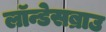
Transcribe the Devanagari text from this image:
लॉन्डेसब्राउ